Elephants and their diseases
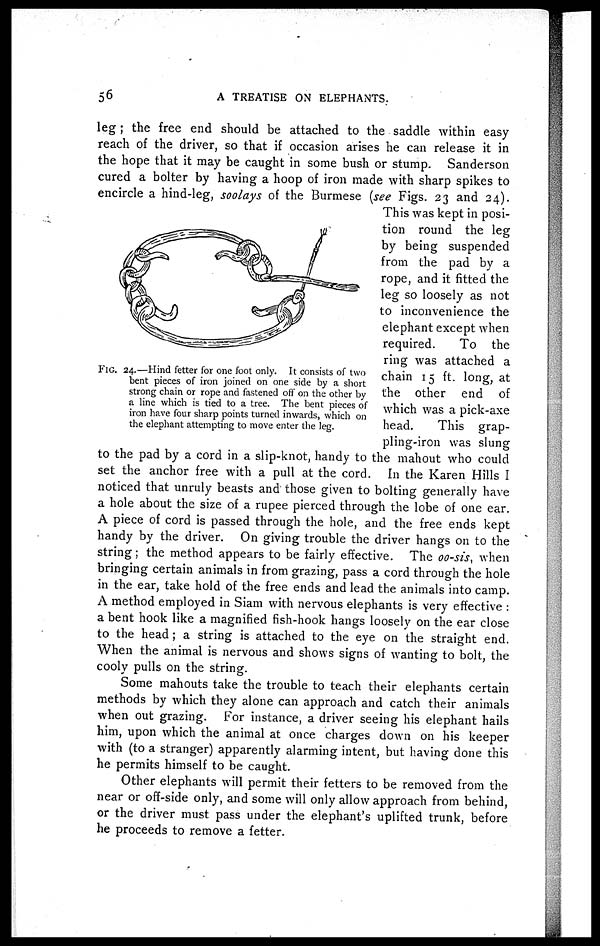
56
A TREATISE ON ELEPHANTS.
leg ; the free end should be attached to the saddle within easy
reach of the driver, so that if occasion arises he can release it in
the hope that it may be caught in some bush or stump. Sanderson
cured a bolter by having a hoop of iron made with sharp spikes to
encircle a hind-leg, soolays of the Burmese (see Figs. 23 and 24).
This was kept in osi¬
tion round the leg
by being suspended
from the pad by a
rope, and it fitted the
leg so loosely as not
to inconvenience the
elephant except when
required.
To the
ring was attached a
chain 15 ft. long, at
the other end of
which was a pick-axe
head.
This grap-
pling-iron was slung
to the pad by a cord in a slip-knot, handy to the mahout who could
set the anchor free with a pull at the cord. In the Karen Hills I
noticed that unruly beasts and those given to bolting generally have
a hole about the size of a rupee pierced through the lobe of one ear.
A piece of cord is passed through the hole, and the free ends kept
handy by the driver. On giving trouble the driver hangs on to the
string; the method appears to be fairly effective. The oo-sis, when
bringing certain animals in from grazing, pass a cord through the hole
in the ear, take hold of the free ends and lead the animals into camp.
A method employed in Siam with nervous elephants is very effective :
a bent hook like a magnified fish-hook hangs loosely on the ear close
to the head; a string is attached to the eye on the straight end.
When the animal is nervous and shows signs of wanting to bolt, the
cooly pulls on the string.
Some mahouts take the trouble to teach their elephants certain
methods by which they alone can approach and catch their animals
when out grazing. For instance, a driver seeing his elephant hails
him, upon which the animal at once charges down on his keeper
with (to a stranger) apparently alarming intent, but having done this
he permits himself to be caught.
Other elephants will permit their fetters to be removed from the
near or off-side only, and some will only allow approach from behind,
or the driver must pass under the elephant's uplifted trunk, before
he proceeds to remove a fetter.
FIG. 24.—Hind fetter for one foot only. It consists of two
bent pieces of iron joined on one side by a short
strong chain or rope and fastened off on the other by
a line which is tied to a tree. The bent pieces of
iron have four sharp points turned inwards, which on
the elephant attempting to move enter the leg.